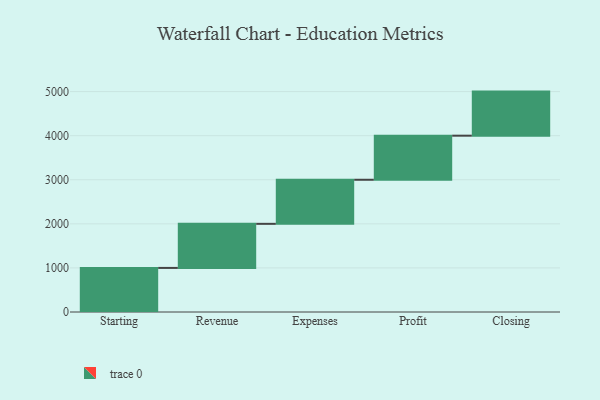
{"axis": {"x": "Step", "y": "Value"}, "legend": [""], "data": [{"x": "Starting", "y": 1000, "type": ""}, {"x": "Revenue", "y": 1000, "type": ""}, {"x": "Expenses", "y": 1000, "type": ""}, {"x": "Profit", "y": 1000, "type": ""}, {"x": "Closing", "y": 1000, "type": ""}]}